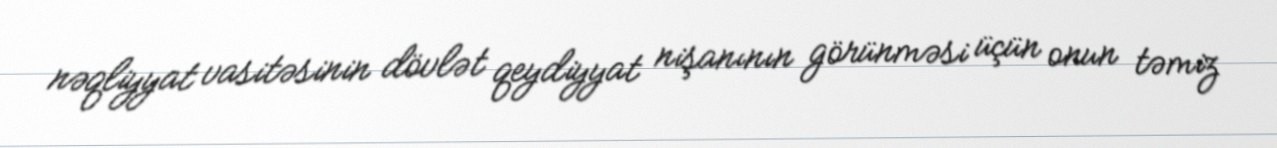
nəqliyyat vasitəsinin dövlət qeydiyyat nişanının görünməsi üçün onun təmiz